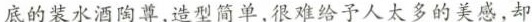
底的装水酒陶尊，造型简单，很难给予人大多的美感，却